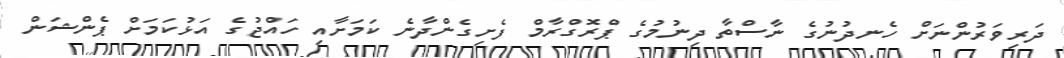
ދަރިވަރުންނަށް ހެނދުނުގެ ނާސްތާ ދިނުމުގެ ޕްރޮގްރާމް ފެށިގެންދާނެ ކަމަށާއި ހައްޖުގެ އަޅުކަމަށް ޕެންޝަން